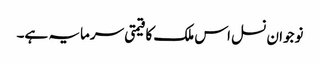
نوجوان نسل اس ملک کا قیمتی سرمایہ ہے۔